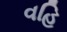
વહિ